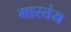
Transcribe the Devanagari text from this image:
मारतंय